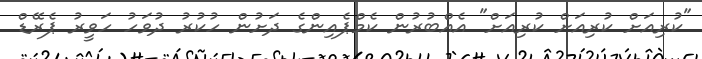
"ކުރިއަށް ކުރިއަށް ކުރިއަށް" އެއްބުރުން ކެމްޕެއިންގެ ދަށުން ހުކުރު ދުވަހު ހަވީރު ޕެރޭޑް